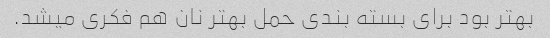
بهتر بود برای بسته بندی حمل بهتر نان هم فکری میشد.